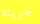
جريئة